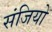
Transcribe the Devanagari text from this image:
संजियो